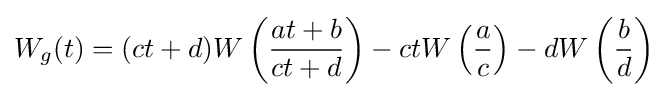
W_{g}(t)=(ct+d)W\left({\frac {at+b}{ct+d}}\right)-ctW\left({\frac {a}{c}}\right)-dW\left({\frac {b}{d}}\right)